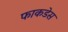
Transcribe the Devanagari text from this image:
फाकडेस